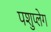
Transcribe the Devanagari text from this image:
पशुप्लेग